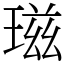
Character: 𤧹